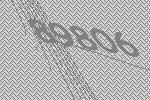
89806